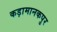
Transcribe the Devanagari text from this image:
कड़ामानकपुर